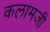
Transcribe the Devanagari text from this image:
कलामजी